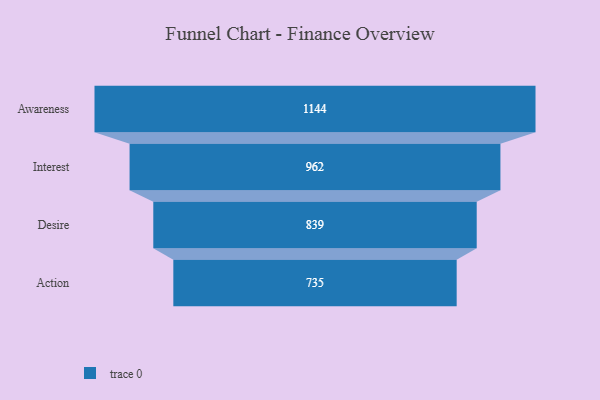
{"axis": {"x": "Stage", "y": "Value"}, "legend": [""], "data": [{"x": "Awareness", "y": 1144.0, "type": ""}, {"x": "Interest", "y": 962.0, "type": ""}, {"x": "Desire", "y": 839.0, "type": ""}, {"x": "Action", "y": 735.0, "type": ""}]}